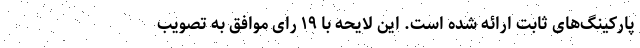
پارکینگ‌های ثابت ارائه شده است. این لایحه با ۱۹ رای موافق به تصویب